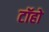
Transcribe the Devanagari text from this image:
टॉहो